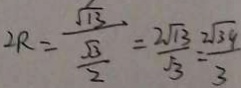
2 R = \frac { \sqrt { 1 3 } } { \frac { \sqrt { 3 } } { 2 } } = \frac { 2 \sqrt { 1 3 } } { \sqrt { 3 } } = \frac { 2 \sqrt { 3 9 } } { 3 }